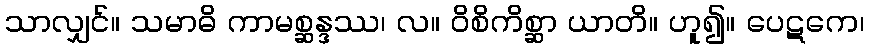
သာလျှင်။ သမာဓိ ကာမစ္ဆန္ဒဿ၊ လ။ ဝိစိကိစ္ဆာ ယာတိ။ ဟူ၍။ ပေဋကေ၊